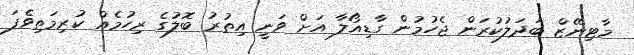
މާޓިނޭޒް ބަދަލުކުރަން ޖެހުމުން ގާޑިއޯލާ އަށް ވަނީ އިތުރު ބޮލުގެ ރިހުމެއް ކުރިމަތިވެފަ